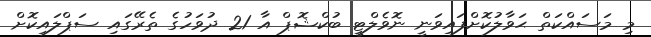
މި މަސައްކަތް ޙަވާލުކޮށްފައިވަނީ ނޮވެލްޓީ ބުކްޝޮޕް އާ 21 ދުވަހުގެ ތެރޭގައި ސަޕްލައިކޮށް